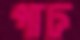
পাঢ